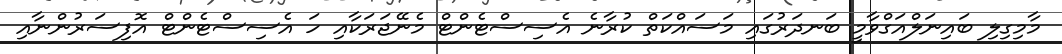
މާމިގިލި ބައިނަލްއަގްވާމީ ބަނދަރުގައި މަސައްކަތް ކުރާނެ އެސިސްޓެންޓް މެނޭޖަރަކާއި ހަ އެސިސްޓެންޓް އޮފިސަރުންނާއި